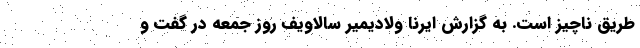
طریق ناچیز است. به گزارش ایرنا ولادیمیر سالاویف روز جمعه در گفت و